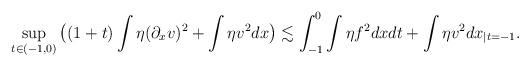
LaTeX: \begin{align*}\sup_{t\in(-1,0)}\big((1+t)\int\eta(\partial_xv)^2+\int\eta v^2dx\big)\lesssim\int_{-1}^0\int\eta f^2dxdt+\int\eta v^2dx_{|t=-1}.\end{align*}